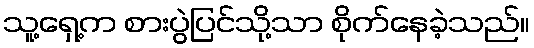
သူ့ရှေ့က စားပွဲပြင်သို့သာ စိုက်နေခဲ့သည်။